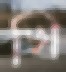
খি